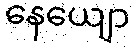
နေယျော